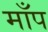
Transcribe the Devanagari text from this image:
माँप